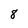
Character: 8